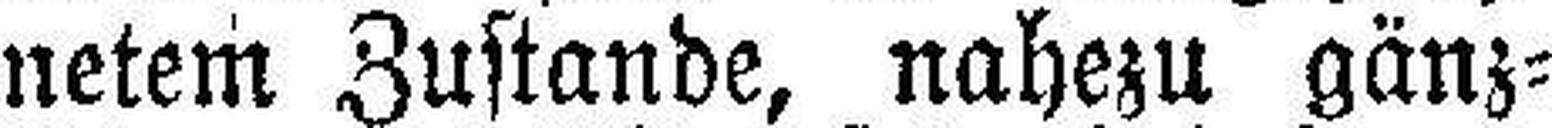
netem Zustande, nahezu gänz¬